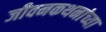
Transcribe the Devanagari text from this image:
जीवनकथनांच्या